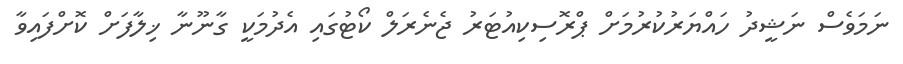
ނަމަވެސް ނަޝީދު ހައްޔަރުކުރުމަށް ޕްރޮސިކިއުޓަރު ޖެނެރަލް ކޯޓުގައި އެދުމަކީ ގާނޫނާ ޚިލާފަށް ކޮށްފައިވާ